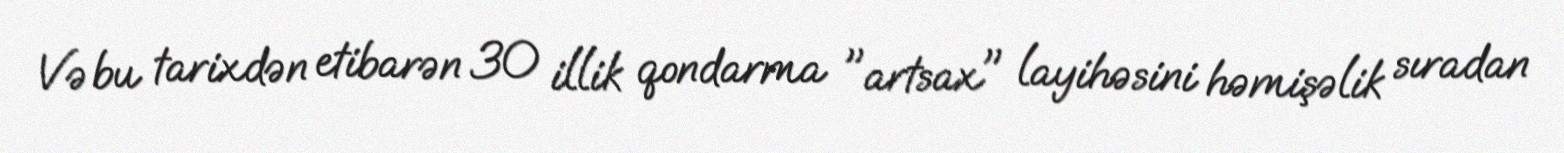
Və bu tarixdən etibarən 30 illik qondarma "artsax" layihəsini həmişəlik sıradan